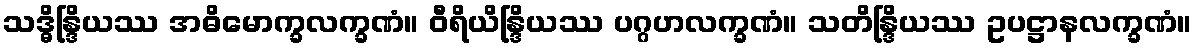
သဒ္ဓိန္ဒြိယဿ အဓိမောက္ခလက္ခဏံ။ ဝီရိယိန္ဒြိယဿ ပဂ္ဂဟလက္ခဏံ။ သတိန္ဒြိယဿ ဥပဋ္ဌာနလက္ခဏံ။